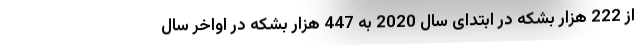
از 222 هزار بشکه در ابتدای سال 2020 به 447 هزار بشکه در اواخر سال